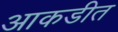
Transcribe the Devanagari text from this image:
आकडीत